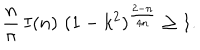
\frac { n } { \pi } \, I ( n ) \, \, ( 1 - k ^ { 2 } ) ^ { \frac { 2 - n } { 4 n } } \geq 1 .